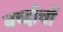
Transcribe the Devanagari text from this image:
बच्दोचों